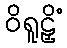
ဝိရူဠှိံ